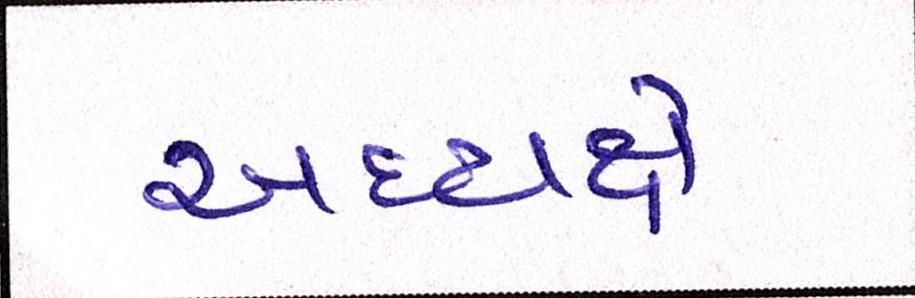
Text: અધ્યક્ષે